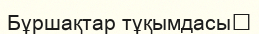
Бұршақтар тұқымдасы‎